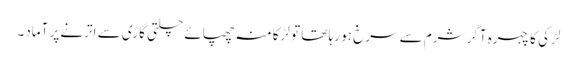
لڑکی کا چہرہ آگر شرم سے سرخ ہو رہا تھا تو لڑکا منہ چھپائے چلتی گاڑی سے اترنے پر آماد۔